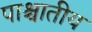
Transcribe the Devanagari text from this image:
पाश्चातीय